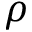
\rho